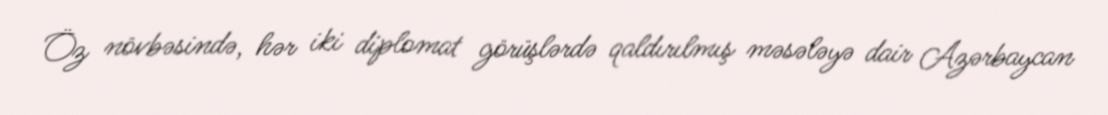
Öz növbəsində, hər iki diplomat görüşlərdə qaldırılmış məsələyə dair Azərbaycan